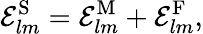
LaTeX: \mathcal{E}_{lm}^{\mathrm{S}}=\mathcal{E}_{lm}^{\mathrm{M}}+\mathcal{E}_{lm}^{\mathrm{F}},